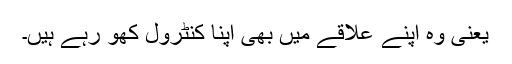
یعنی وہ اپنے علاقے میں بھی اپنا کنٹرول کھو رہے ہیں۔